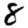
Digit: 8